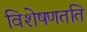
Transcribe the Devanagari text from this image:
विशेषणतति